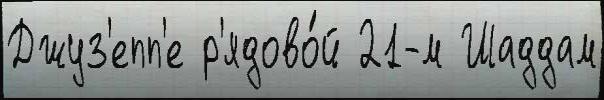
Джуз'епп'е р'ядово́й 21-м Шаддам